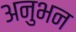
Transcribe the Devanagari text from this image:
अनुभन